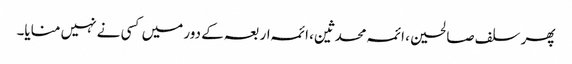
پھر سلف صالحین، ائمہ محدثین، ائمہ اربعہ کے دور میں کسی نے نہیں منایا۔